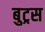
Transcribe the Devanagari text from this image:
बुट्रस